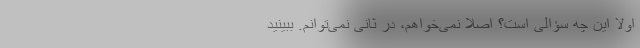
اولا این چه سؤالی است؟ اصلا نمی‌خواهم، در ثانی نمی‌توانم. ببینید